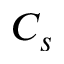
C _ { s }